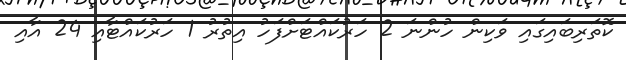
ކޮތަރިބައިގައި ވަކިން ހުންނަ 2 ހަރުކައްޓަށްފަހު އިތުރު 1 ހަރުކައްޓާއި 24 އާއި